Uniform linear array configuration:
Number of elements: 12
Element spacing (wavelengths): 0.5
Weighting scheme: binomial
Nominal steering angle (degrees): -15
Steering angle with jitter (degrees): -16.32
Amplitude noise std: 0.05
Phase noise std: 0.05

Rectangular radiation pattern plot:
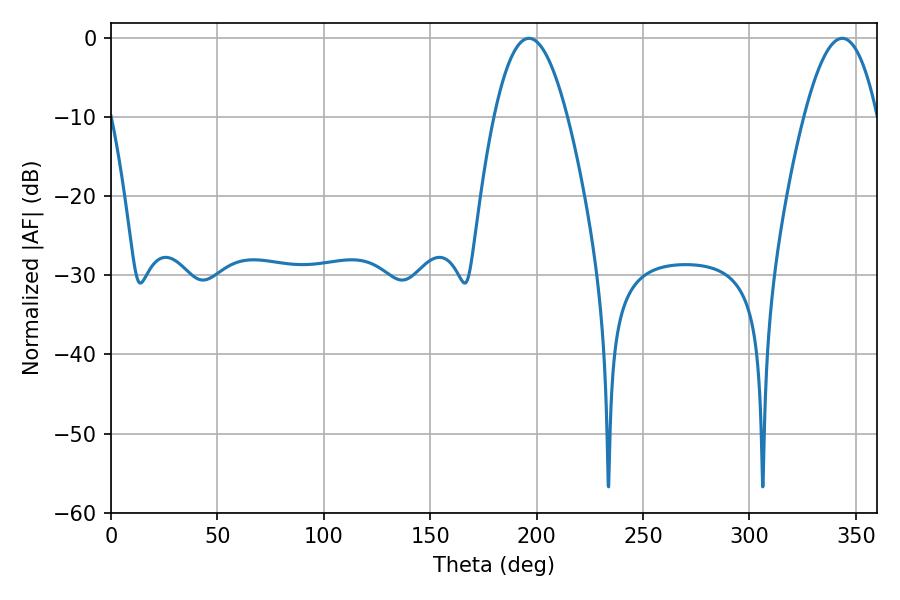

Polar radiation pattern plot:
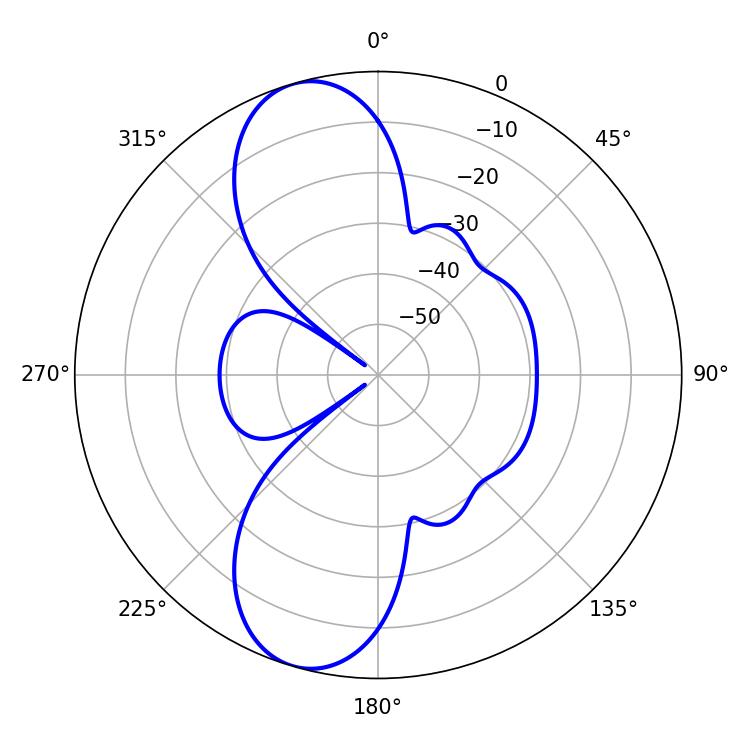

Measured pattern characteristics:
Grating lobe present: FALSE
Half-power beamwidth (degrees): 18.9
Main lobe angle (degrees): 196.38